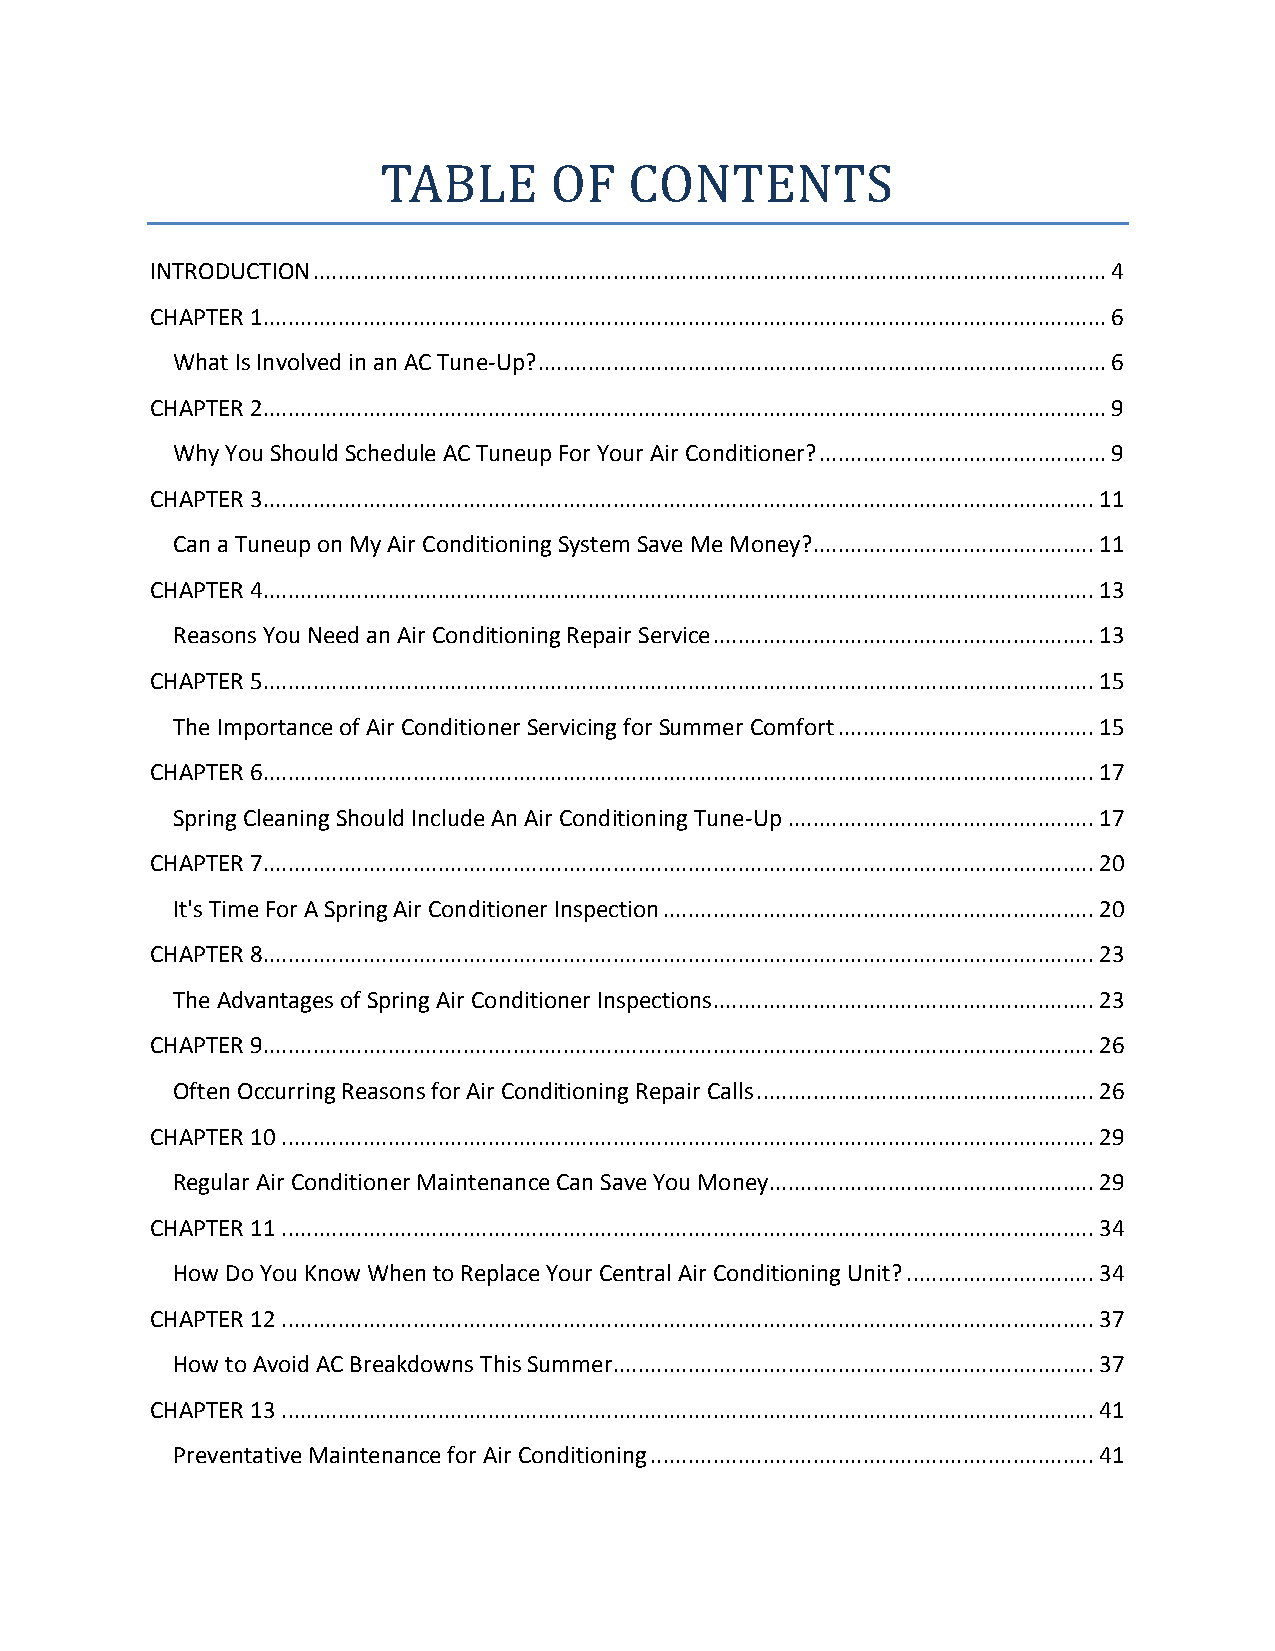
TABLE      OF    CONTENTS
 INTRODUCTION ............................................................................................................................... 4
 CHAPTER 1....................................................................................................................................... 6
 What Is Involved in an AC Tune-Up? ........................................................................................... 6
 CHAPTER 2....................................................................................................................................... 9
 Why You Should Schedule AC Tuneup For Your Air Conditioner? .............................................. 9
 CHAPTER 3..................................................................................................................................... 11
 Can a Tuneup on My Air Conditioning System Save Me Money? ............................................. 11
 CHAPTER 4..................................................................................................................................... 13
 Reasons You Need an Air Conditioning Repair Service ............................................................. 13
 CHAPTER 5..................................................................................................................................... 15
 The Importance of Air Conditioner Servicing for Summer Comfort ......................................... 15
 CHAPTER 6..................................................................................................................................... 17
 Spring Cleaning Should Include An Air Conditioning Tune-Up ................................................. 17
 CHAPTER 7..................................................................................................................................... 20
 It's Time For A Spring Air Conditioner Inspection ..................................................................... 20
 CHAPTER 8..................................................................................................................................... 23
 The Advantages of Spring Air Conditioner Inspections ............................................................. 23
 CHAPTER 9..................................................................................................................................... 26
 Often Occurring Reasons for Air Conditioning Repair Calls ...................................................... 26
 CHAPTER 10 .................................................................................................................................. 29
 Regular Air Conditioner Maintenance Can Save You Money.................................................... 29
 CHAPTER 11 .................................................................................................................................. 34
 How Do You Know When to Replace Your Central Air Conditioning Unit? .............................. 34
 CHAPTER 12 .................................................................................................................................. 37
 How to Avoid AC Breakdowns This Summer............................................................................. 37
 CHAPTER 13 .................................................................................................................................. 41
 Preventative Maintenance for Air Conditioning ....................................................................... 41